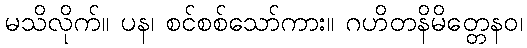
မသိလိုက်။ ပန၊ စင်စစ်သော်ကား။ ဂဟိတနိမိတ္တေနဝ၊